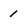
Character: i